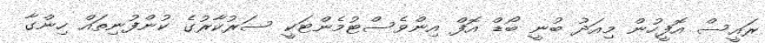
ރައީސް އޮފީހުން މިއަދު ބުނީ ބޯޑް އޮފް އިންވެސްޓުމެންޓަކީ ސަރުކާރުގެ ކުންފުނިތައް ހިންގާ